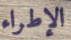
الإطراء